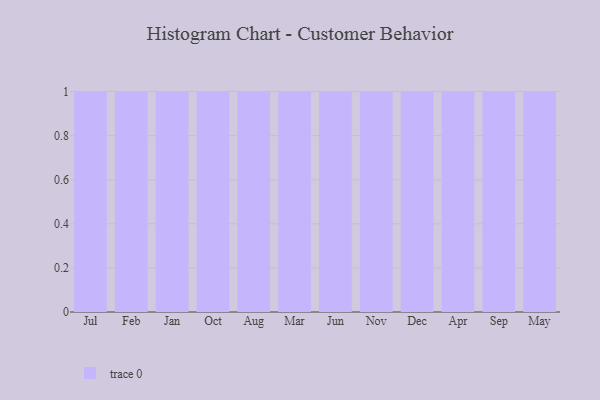
{"axis": {"x": "Month", "y": "Latency (ms)"}, "legend": [""], "data": [{"x": "Jul", "y": 30, "type": ""}, {"x": "Feb", "y": 1, "type": ""}, {"x": "Jan", "y": 89, "type": ""}, {"x": "Oct", "y": 56, "type": ""}, {"x": "Aug", "y": 72, "type": ""}, {"x": "Mar", "y": 67, "type": ""}, {"x": "Jun", "y": 97, "type": ""}, {"x": "Nov", "y": 24, "type": ""}, {"x": "Dec", "y": 89, "type": ""}, {"x": "Apr", "y": 71, "type": ""}, {"x": "Sep", "y": 53, "type": ""}, {"x": "May", "y": 69, "type": ""}]}